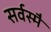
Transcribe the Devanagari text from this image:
सर्वस्मै